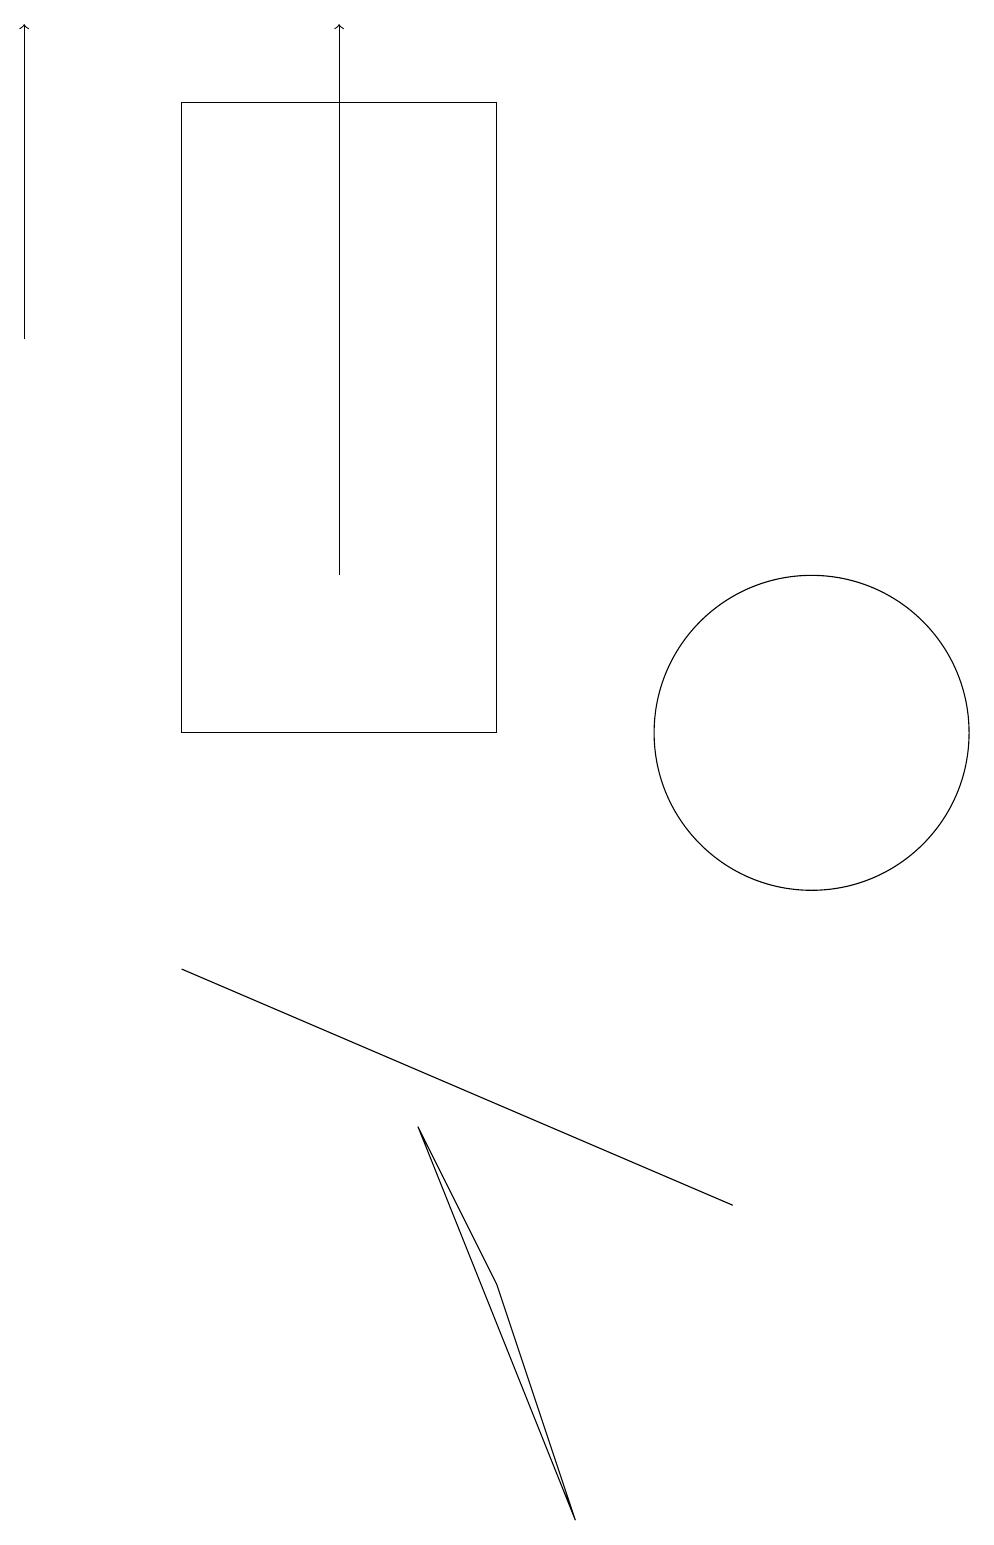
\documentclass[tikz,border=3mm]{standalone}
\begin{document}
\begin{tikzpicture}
\draw (10,10) circle (2);
\draw (7,0) -- (5,5) -- (6,3) -- cycle;
\draw[->] (0,15) -- (0,19);
\draw (6,10) rectangle (2,18);
\draw (2,7) -- (9,4) -- (2,7) -- cycle;
\draw[->] (4,12) -- (4,19);
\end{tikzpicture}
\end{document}